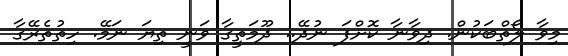
މިވާ ލޯތްބަކުން. ދިވާނާ ކޮށްފަ ނުދޭ.. ދޫމަތީގާ ވަނީ ތިޔަ ނަމޭ. ހިތުތެރޭގާ